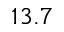
1 3 . 7